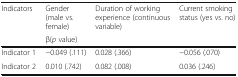
| <ROWSPAN=2> Indicators | Gender (male vs. female) | Duration of working experience (continuous variable) | Current smoking status (yes vs. no) |
 | <COLSPAN=3> β(p value) |
 | --- | --- | --- | --- |
 | Indicator 1 | −0.049 (.111) | 0.028 (.366) | −0.056 (.070) |
 | Indicator 2 | 0.010 (.742) | 0.082 (.008) | 0.036 (.246) |